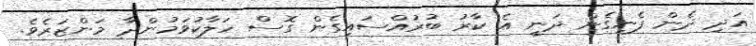
އަދި ދެން ފެނިގެން ދަނީ އެ ކާރު ބުރުއްސައިގެން ގޮސް ހަލާކުވަމުންދާ މަންޒަރެވެ.